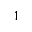
^ { 1 }